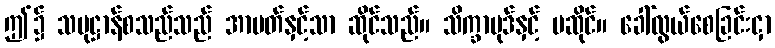
ဤ၌ သမုဋ္ဌာန်စသည်သည် အာပတ်နှင့်သာ ဆိုင်သည်။ သိက္ခာပုဒ်နှင့် မဆိုင်။ ခေါ်လွယ်စေခြင်းငှာ